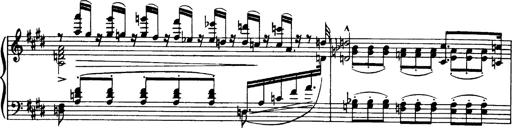
Title: OuvertÃ¼re zu TannhÃ¤user
Composer: Franz Liszt